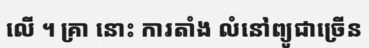
លើ ។ គ្រា នោះ ការតាំង លំនៅព្យូជាច្រើន